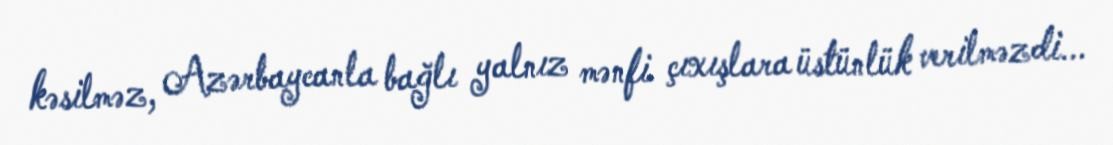
kəsilməz, Azərbaycanla bağlı yalnız mənfi çıxışlara üstünlük verilməzdi...